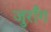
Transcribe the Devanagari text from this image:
जुराँग